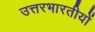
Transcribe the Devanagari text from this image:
उत्तरभारतीयों